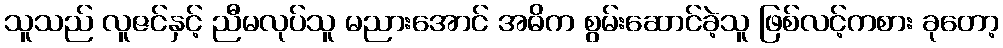
သူသည် လူဇင်နှင့် ညီမလုပ်သူ မညားအောင် အဓိက စွမ်းဆောင်ခဲ့သူ ဖြစ်လင့်ကစား ခုတော့